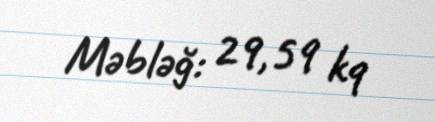
Məbləğ: 29,59 kq